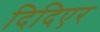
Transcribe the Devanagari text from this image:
दिदिएर